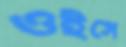
ওইসে